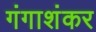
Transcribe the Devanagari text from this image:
गंगाशंकर